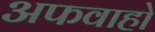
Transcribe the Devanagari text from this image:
अफवाहो